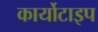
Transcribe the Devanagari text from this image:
कार्योटाइप